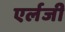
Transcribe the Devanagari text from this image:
एर्लजी